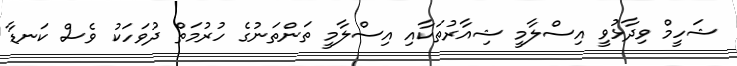
ޝަހީމް ވިދާޅުވީ އިސްލާމީ ޝިއާރުތަކާއި އިސްލާމީ ތަންތަނުގެ ހުރުމަތް ދުވަހަކު ވެސް ކަނޑާ